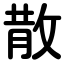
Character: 散